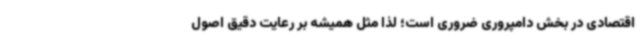
اقتصادی در بخش دامپروری ضروری است؛ لذا مثل همیشه بر رعایت دقیق اصول